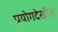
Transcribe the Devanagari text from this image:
प्रयोगदेखील